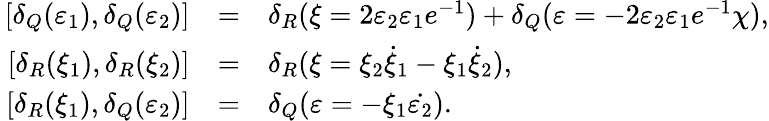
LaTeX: \begin{array}{rcl}{{\, [\delta_{Q}(\varepsilon_{1}),\delta_{Q}(\varepsilon_{2})]}}&{{=}}&{{\delta_{R}(\xi=2\varepsilon_{2}\varepsilon_{1}e^{-1})+\delta_{Q}(\varepsilon=-2\varepsilon_{2}\varepsilon_{1}e^{-1}\chi),}}\\ {{\, [\delta_{R}(\xi_{1}),\delta_{R}(\xi_{2})]}}&{{=}}&{{\delta_{R}(\xi=\xi_{2}\dot{\xi}_{1}-\xi_{1}\dot{\xi}_{2}),}}\\ {{\, [\delta_{R}(\xi_{1}),\delta_{Q}(\varepsilon_{2})]}}&{{=}}&{{\delta_{Q}(\varepsilon=-\xi_{1}\dot{\varepsilon_{2}}).}}\end{array}